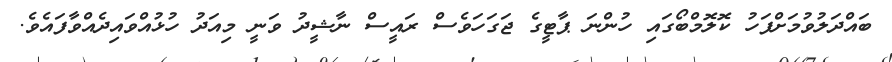
ބައްދަލުވުމަށްފަހު ކޮލޮމްބޯގައި ހުންނަ ޕާޓީގެ ޖަގަހަވެސް ރައީސް ނާޝީދު ވަނީ މިއަދު ހުޅުއްވައިދެއްވާފައެވެ.